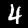
Digit: 4